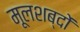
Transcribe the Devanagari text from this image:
मूलशब्दों